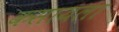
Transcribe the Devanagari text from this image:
कसायला